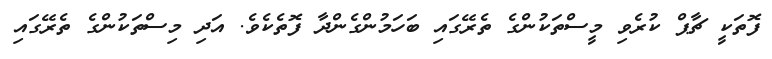
ފޮތަކީ ޗާޕް ކުރެވި މީސްތަކުންގެ ތެރޭގައި ބަހަމުންގެންދާ ފޮތެކެވެ. އަދި މިސްތަކުންގެ ތެރޭގައި